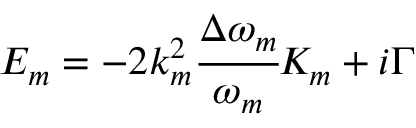
E _ { m } = - 2 k _ { m } ^ { 2 } \cfrac { \Delta \omega _ { m } } { \omega _ { m } } K _ { m } + i \Gamma